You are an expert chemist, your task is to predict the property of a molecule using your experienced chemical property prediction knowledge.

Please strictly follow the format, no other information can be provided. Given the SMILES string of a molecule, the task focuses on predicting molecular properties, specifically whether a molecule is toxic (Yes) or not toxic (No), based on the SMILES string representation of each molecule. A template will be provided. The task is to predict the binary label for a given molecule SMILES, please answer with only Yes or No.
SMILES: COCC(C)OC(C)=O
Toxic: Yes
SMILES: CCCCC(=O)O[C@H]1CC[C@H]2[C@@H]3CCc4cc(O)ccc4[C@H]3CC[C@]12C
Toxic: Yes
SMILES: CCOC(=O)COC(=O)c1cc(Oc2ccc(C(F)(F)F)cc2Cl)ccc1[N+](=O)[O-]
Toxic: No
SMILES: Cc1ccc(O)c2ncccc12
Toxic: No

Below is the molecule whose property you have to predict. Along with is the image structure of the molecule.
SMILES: Cc1ccc(C(C)OC(=O)C2(C)CCC(C(=O)O)C2(C)C)cc1.OCCNCCO
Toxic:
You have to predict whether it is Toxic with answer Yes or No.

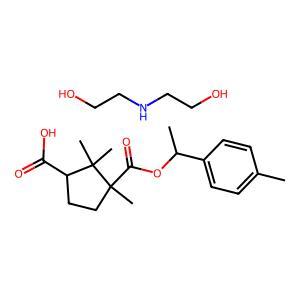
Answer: No